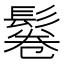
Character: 鬈